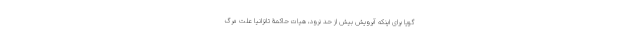
گویا برای اینکه آبرویش بیش از حد نرود، هیات حاکمۀ تانزانیا علت مرگ